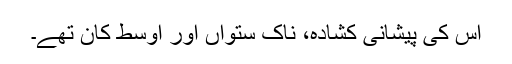
اس کی پیشانی کشادہ، ناک ستواں اور اوسط کان تھے۔